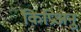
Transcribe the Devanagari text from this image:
किप्रिअनु